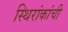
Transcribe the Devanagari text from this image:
स्थिरांकांची